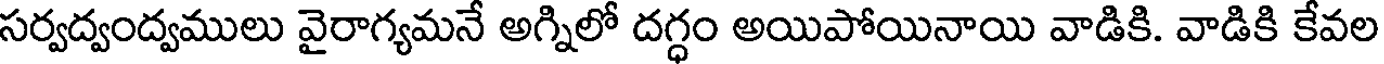
సర్వద్వంద్వములు వైరాగ్యమనే అగ్నిలో దగ్ధం అయిపోయినాయి వాడికి. వాడికి కేవల